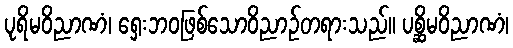
ပုရိမဝိညာဏံ၊ ရှေးဘဝဖြစ်သောဝိညာဉ်တရားသည်။ ပစ္ဆိမဝိညာဏံ၊